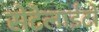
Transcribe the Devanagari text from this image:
सेटेलाईटों